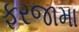
ફરજામા